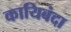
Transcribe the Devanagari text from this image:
कायिबंदा